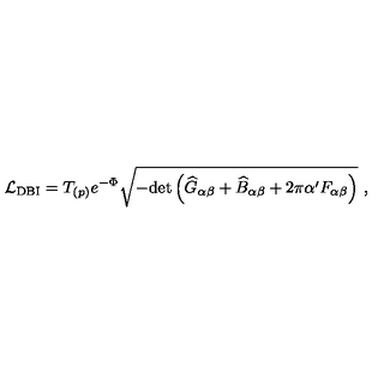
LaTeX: { \cal L } _ { \mathrm { D B I } } = T _ { ( p ) } e ^ { - \Phi } \sqrt { - \mathrm { d e t } \left( { \widehat G } _ { \alpha \beta } + { \widehat B } _ { \alpha \beta } + 2 \pi \alpha ^ { \prime } F _ { \alpha \beta } \right) } \ ,